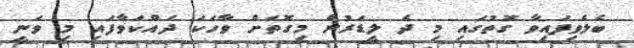
ބެލެވިފައިވާ ގޮތުގައި މި ދެ ލީޑަރުން މިގޮތަށް ވާހަކަ ދައްކަވާފައި މި ވަނީ